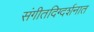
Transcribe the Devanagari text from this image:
संगीतदिग्दर्शनात